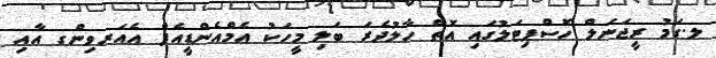
ލ.ގަމު ރީޖަނަލް ހޮސްޕިޓަލުގައި އޮތް ހާލުދެރަ ބަލި މީހަކު އެމްއެންޑީއެފް އެއަރވިންގ އާއި